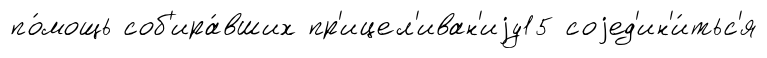
по́мощь соб'ира́вших пр'ицел'иван'иjу15 соjед'ин'и́тьс'я